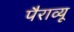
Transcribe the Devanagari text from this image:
पैराव्यू